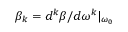
\beta _ { k } = d ^ { k } \beta / d \omega ^ { k } | _ { \omega _ { 0 } }